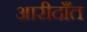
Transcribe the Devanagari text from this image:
आरीदाँत